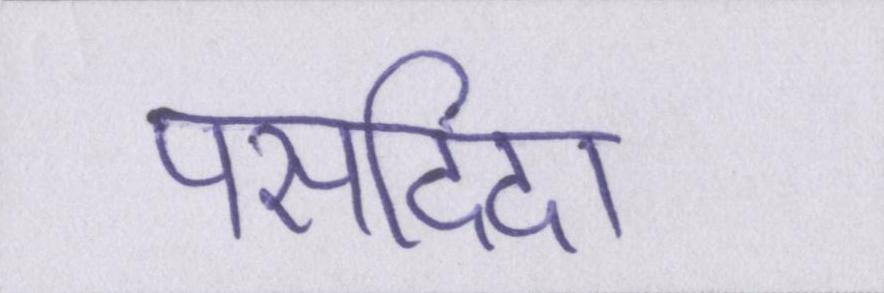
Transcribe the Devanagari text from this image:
पसदिदा